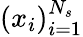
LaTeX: (x_{i})_{i=1}^{N_{s}}